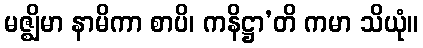
မဇ္ဈိမာ နာမိကာ စာပိ၊ ကနိဋ္ဌာ’တိ ကမာ သိယုံ။